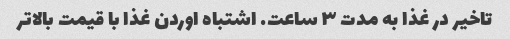
تاخیر در غذا به مدت ۳ ساعت. اشتباه اوردن غذا با قیمت بالاتر